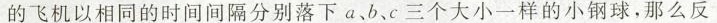
的飞机以相同的时间间隔分别落下a、b、c三个大小一样的小钢球，那么反